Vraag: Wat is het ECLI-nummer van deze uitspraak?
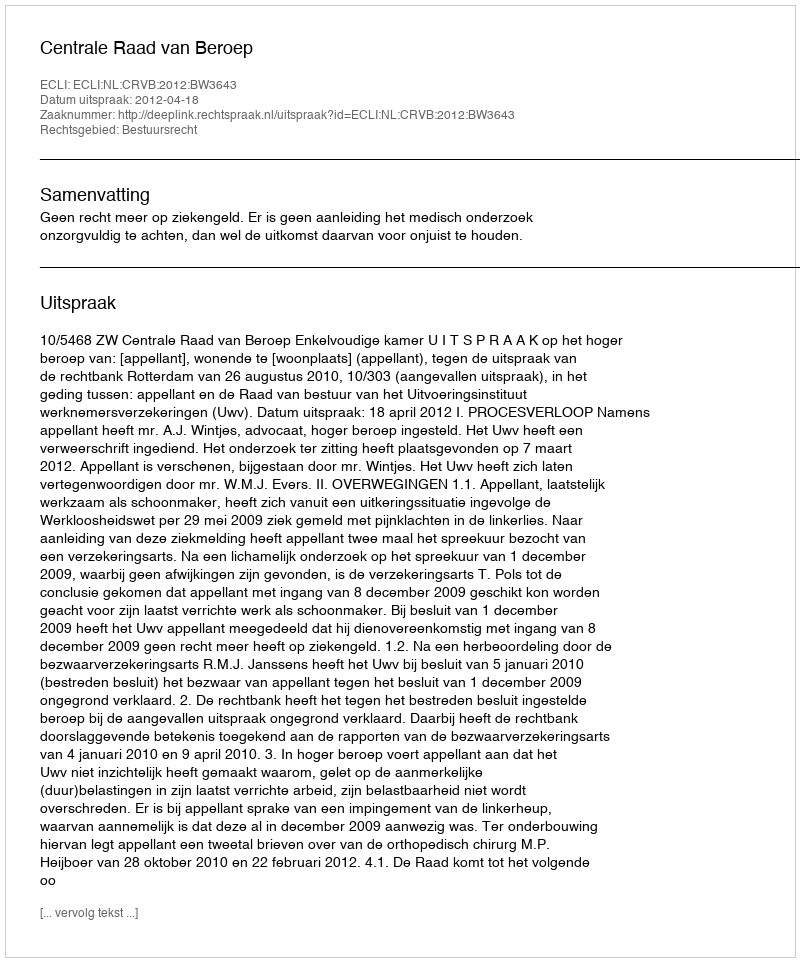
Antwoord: ECLI:NL:CRVB:2012:BW3643